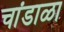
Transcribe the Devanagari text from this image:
चांडाळा